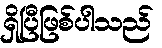
ရှိပြီဖြစ်ပါသည်